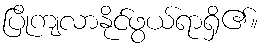
ပြိုကျလာနိုင်ဖွယ်ရာရှိ၏။